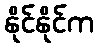
နိုင်နိုင်က